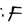
Character: F